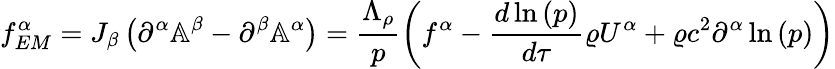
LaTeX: f_{EM}^{\alpha}=J_{\beta}\left(\partial^{\alpha}\mathbb{A}^{\beta}-\partial^{\beta}\mathbb{A}^{\alpha}\right)=\frac{\Lambda_{\rho}}{p}\left(f^{\alpha}-\frac{d{\, \ln{(p)}}}{d\tau}\varrho U^{\alpha}+\varrho c^{2}\partial^{\alpha}\ln{(p)}\right)